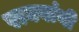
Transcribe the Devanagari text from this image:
राघवांनी